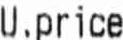
U.PRICE